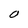
Character: O